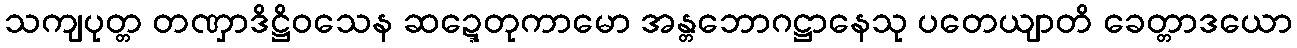
သကျပုတ္တ တဏှာဒိဋ္ဌိဝသေန ဆဍ္ဍေတုကာမော အန္တဘောဂဋ္ဌာနေသု ပတေယျာတိ ခေတ္တာဒယော